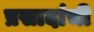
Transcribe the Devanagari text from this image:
प्रसादांची